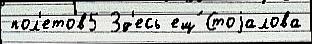
пол'етов5 Зд'есь ещ́ Стоjалова